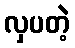
လှပတဲ့